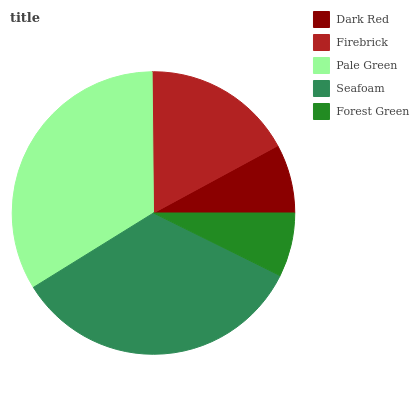
| Dark Red | Firebrick | Pale Green | Seafoam | Forest Green |
 | --- | --- | --- | --- | --- |
 | 7.89% | 17.2% | 33.7% | 33.9% | 7.3% |